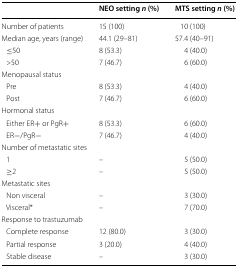
<table><thead><tr><td></td><td><b>NEO setting <i>n</i> (%)</b></td><td><b>MTS setting <i>n</i> (%)</b></td></tr></thead><tbody><tr><td>Number of patients</td><td>15 (100)</td><td>10 (100)</td></tr><tr><td>Median age, years (range)</td><td>44.1 (29–81)</td><td>57.4 (40–91)</td></tr><tr><td> ≤50</td><td>8 (53.3)</td><td>4 (40.0)</td></tr><tr><td> &gt;50</td><td>7 (46.7)</td><td>6 (60.0)</td></tr><tr><td colspan="3">Menopausal status</td></tr><tr><td> Pre</td><td>8 (53.3)</td><td>4 (40.0)</td></tr><tr><td> Post</td><td>7 (46.7)</td><td>6 (60.0)</td></tr><tr><td colspan="3">Hormonal status</td></tr><tr><td> Either ER+ or PgR+</td><td>8 (53.3)</td><td>6 (60.0)</td></tr><tr><td> ER−/PgR−</td><td>7 (46.7)</td><td>4 (40.0)</td></tr><tr><td colspan="3">Number of metastatic sites</td></tr><tr><td> 1</td><td>–</td><td>5 (50.0)</td></tr><tr><td> ≥2</td><td>–</td><td>5 (50.0)</td></tr><tr><td colspan="3">Metastatic sites</td></tr><tr><td> Non visceral</td><td>–</td><td>3 (30.0)</td></tr><tr><td> Visceral*</td><td>–</td><td>7 (70.0)</td></tr><tr><td colspan="3">Response to trastuzumab</td></tr><tr><td> Complete response</td><td>12 (80.0)</td><td>3 (30.0)</td></tr><tr><td> Partial response</td><td>3 (20.0)</td><td>4 (40.0)</td></tr><tr><td> Stable disease</td><td>–</td><td>3 (30.0)</td></tr></tbody></table>